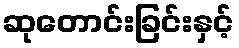
ဆုတောင်းခြင်းနှင့်